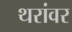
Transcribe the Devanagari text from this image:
थरांवर